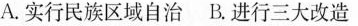
A.实行民族区域自治B.进行三大改造